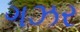
ગઝર